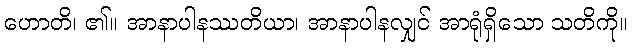
ဟောတိ၊ ၏။ အာနာပါနဿတိယာ၊ အာနာပါနလျှင် အာရုံရှိသော သတိကို။